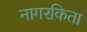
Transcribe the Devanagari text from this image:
नागरकिता